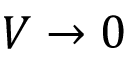
V \rightarrow 0